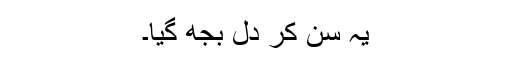
یہ سن کر دل بجھ گیا۔